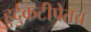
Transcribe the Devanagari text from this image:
हुर्दुकटीपेतच